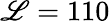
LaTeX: \mathscr{L}=110